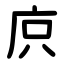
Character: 㡶